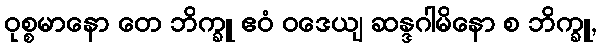
ဝုစ္စမာနော တေ ဘိက္ခူ ဧဝံ ဝဒေယျ ဆန္ဒဂါမိနော စ ဘိက္ခူ,